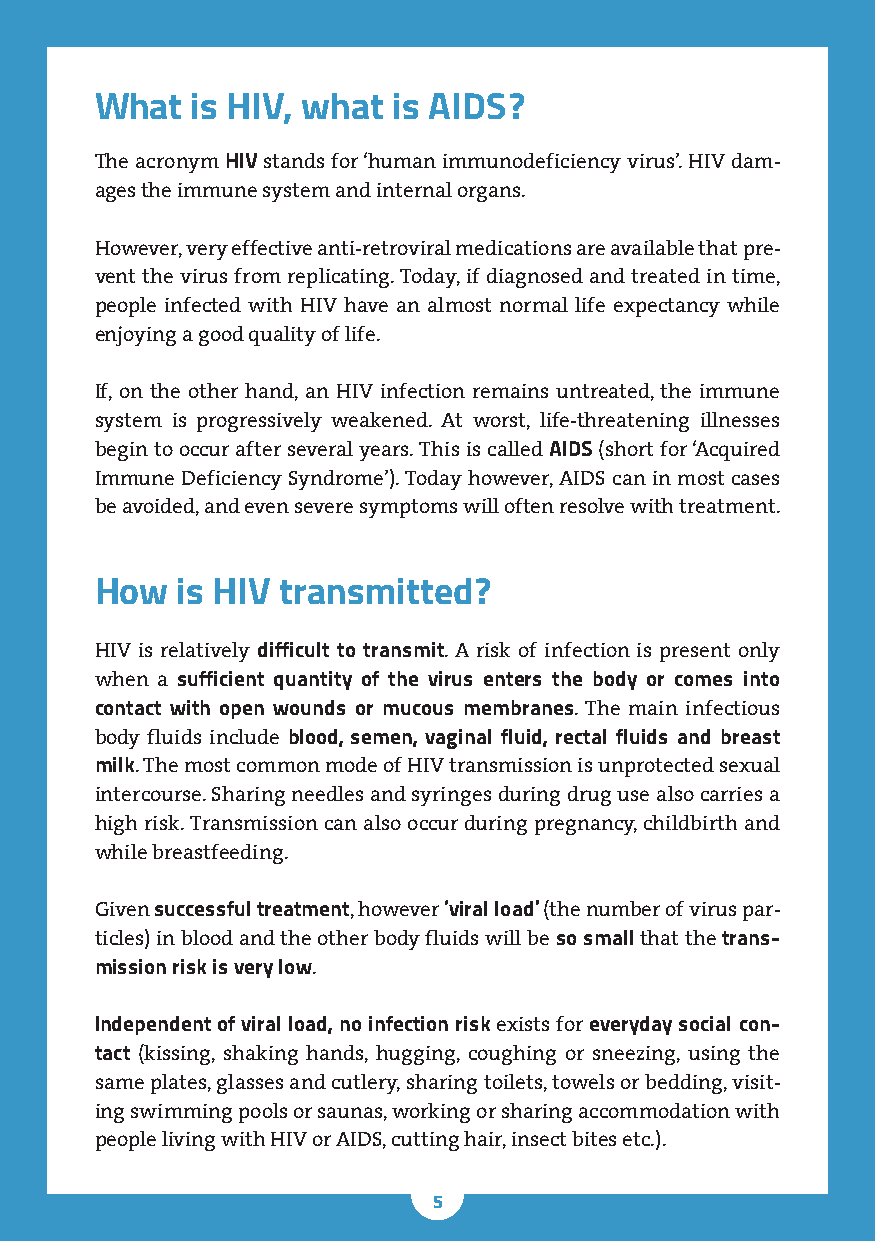
What   is HIV, what is AIDS?
 The acronym HIV stands for ‘human immunodeficiency virus’. HIV dam-
 ages the immune system and internal organs.
 However, very effective anti-retroviral medications are available that pre-
 vent the virus from replicating. Today, if diagnosed and treated in time,
 people infected with HIV have an almost normal life expectancy while
 enjoying a good quality of life.
 If, on the other hand, an HIV infection remains untreated, the immune
 system is progressively weakened. At worst, life-threatening illnesses
 begin to occur after several years. This is called AIDS (short for ‘Acquired
 Immune Deficiency Syndrome’). Today however, AIDS can in most cases
 be avoided, and even severe symptoms will often resolve with treatment.
 How   is HIV transmitted?
 HIV is relatively difficult to transmit. A risk of infection is present only
 when a sufficient quantity of the virus enters the body or comes into
 contact with open wounds or mucous membranes. The main infectious
 body fluids include blood, semen, vaginal fluid, rectal fluids and breast
 milk. The most common mode of HIV transmission is unprotected sexual
 intercourse. Sharing needles and syringes during drug use also carries a
 high risk. Transmission can also occur during pregnancy, childbirth and
 while breastfeeding.
 Given successful treatment, however ‘viral load’ (the number of virus par-
 ticles) in blood and the other body fluids will be so small that the trans-
 mission risk is very low.
 Independent of viral load, no infection risk exists for everyday social con-
 tact (kissing, shaking hands, hugging, coughing or sneezing, using the
 same plates, glasses and cutlery, sharing toilets, towels or bedding, visit-
 ing swimming pools or saunas, working or sharing accommodation with
 people living with HIV or AIDS, cutting hair, insect bites etc.).
 5